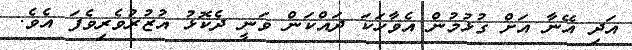
އަދި އޭނާ އަށް ގުޅުމުން އެވާހަކަ ދައްކަން ވަނީ ދެކޮޅު އުޒުރުވެރިވެފަ އެވެ.